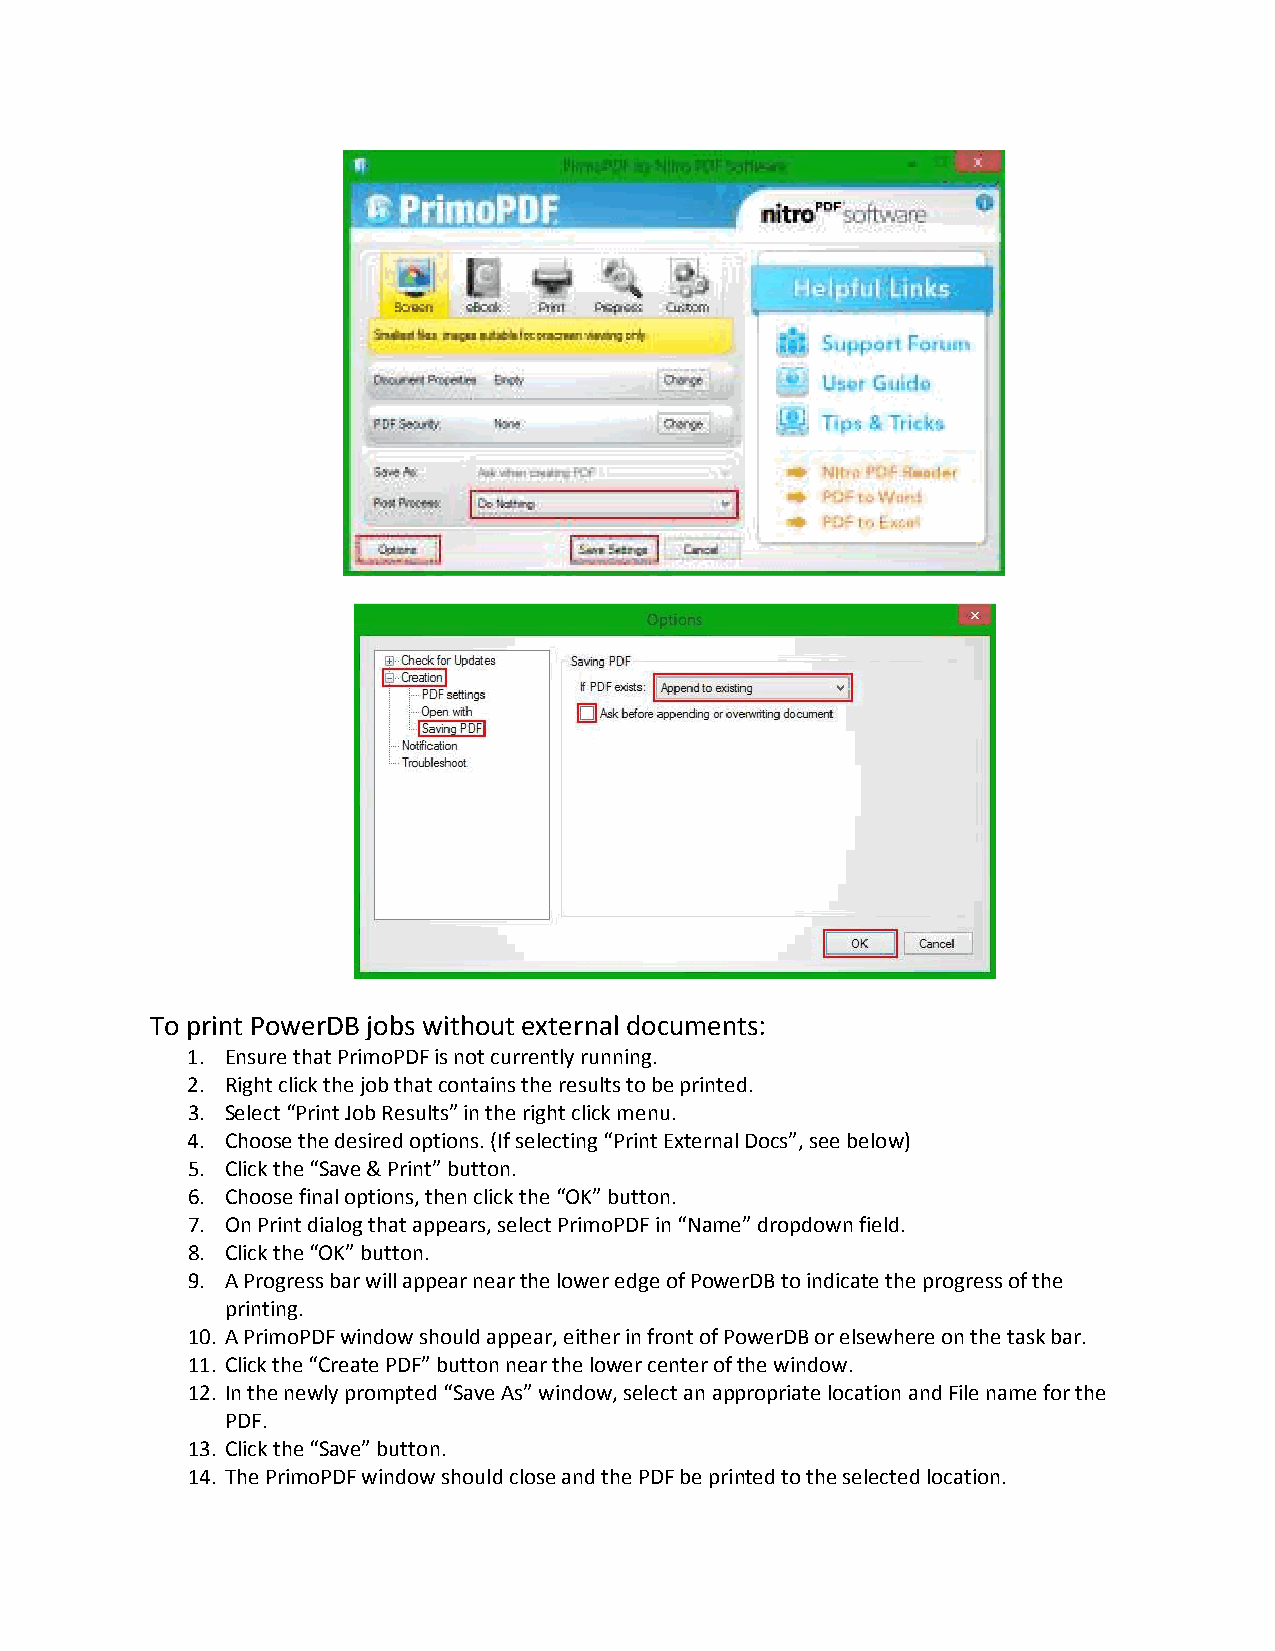
To print PowerDB jobs without external documents:
 1. Ensure that PrimoPDF is not currently running.
 2. Right click the job that contains the results to be printed.
 3. Select “Print Job Results” in the right click menu.
 4. Choose the desired options. (If selecting “Print External Docs”, see below)
 5. Click the “Save & Print” button.
 6. Choose final options, then click the “OK” button.
 7. On Print dialog that appears, select PrimoPDF in “Name” dropdown field.
 8. Click the “OK” button.
 9. A Progress bar will appear near the lower edge of PowerDB to indicate the progress of the
 printing.
 10. A PrimoPDF window should appear, either in front of PowerDB or elsewhere on the task bar.
 11. Click the “Create PDF” button near the lower center of the window.
 12. In the newly prompted “Save As” window, select an appropriate location and File name for the
 PDF.
 13. Click the “Save” button.
 14. The PrimoPDF window should close and the PDF be printed to the selected location.